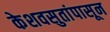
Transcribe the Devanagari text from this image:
केशवसुतांपासून